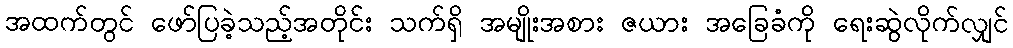
အထက်တွင် ဖော်ပြခဲ့သည့်အတိုင်း သက်ရှိ အမျိုးအစား ဇယား အခြေခံကို ရေးဆွဲလိုက်လျှင်